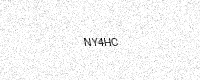
Text: NY4HC